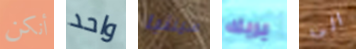
أنكن واحد سينثيا بربك الى